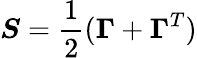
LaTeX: \boldsymbol{S}=\frac{1}{2}(\boldsymbol{\Gamma}+\boldsymbol{\Gamma}^{T})